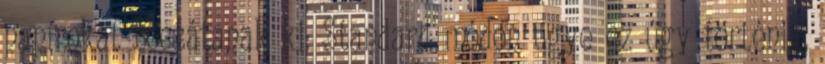
papírokat bocsátanak ki: Standard módon ugye ez úgy történik,